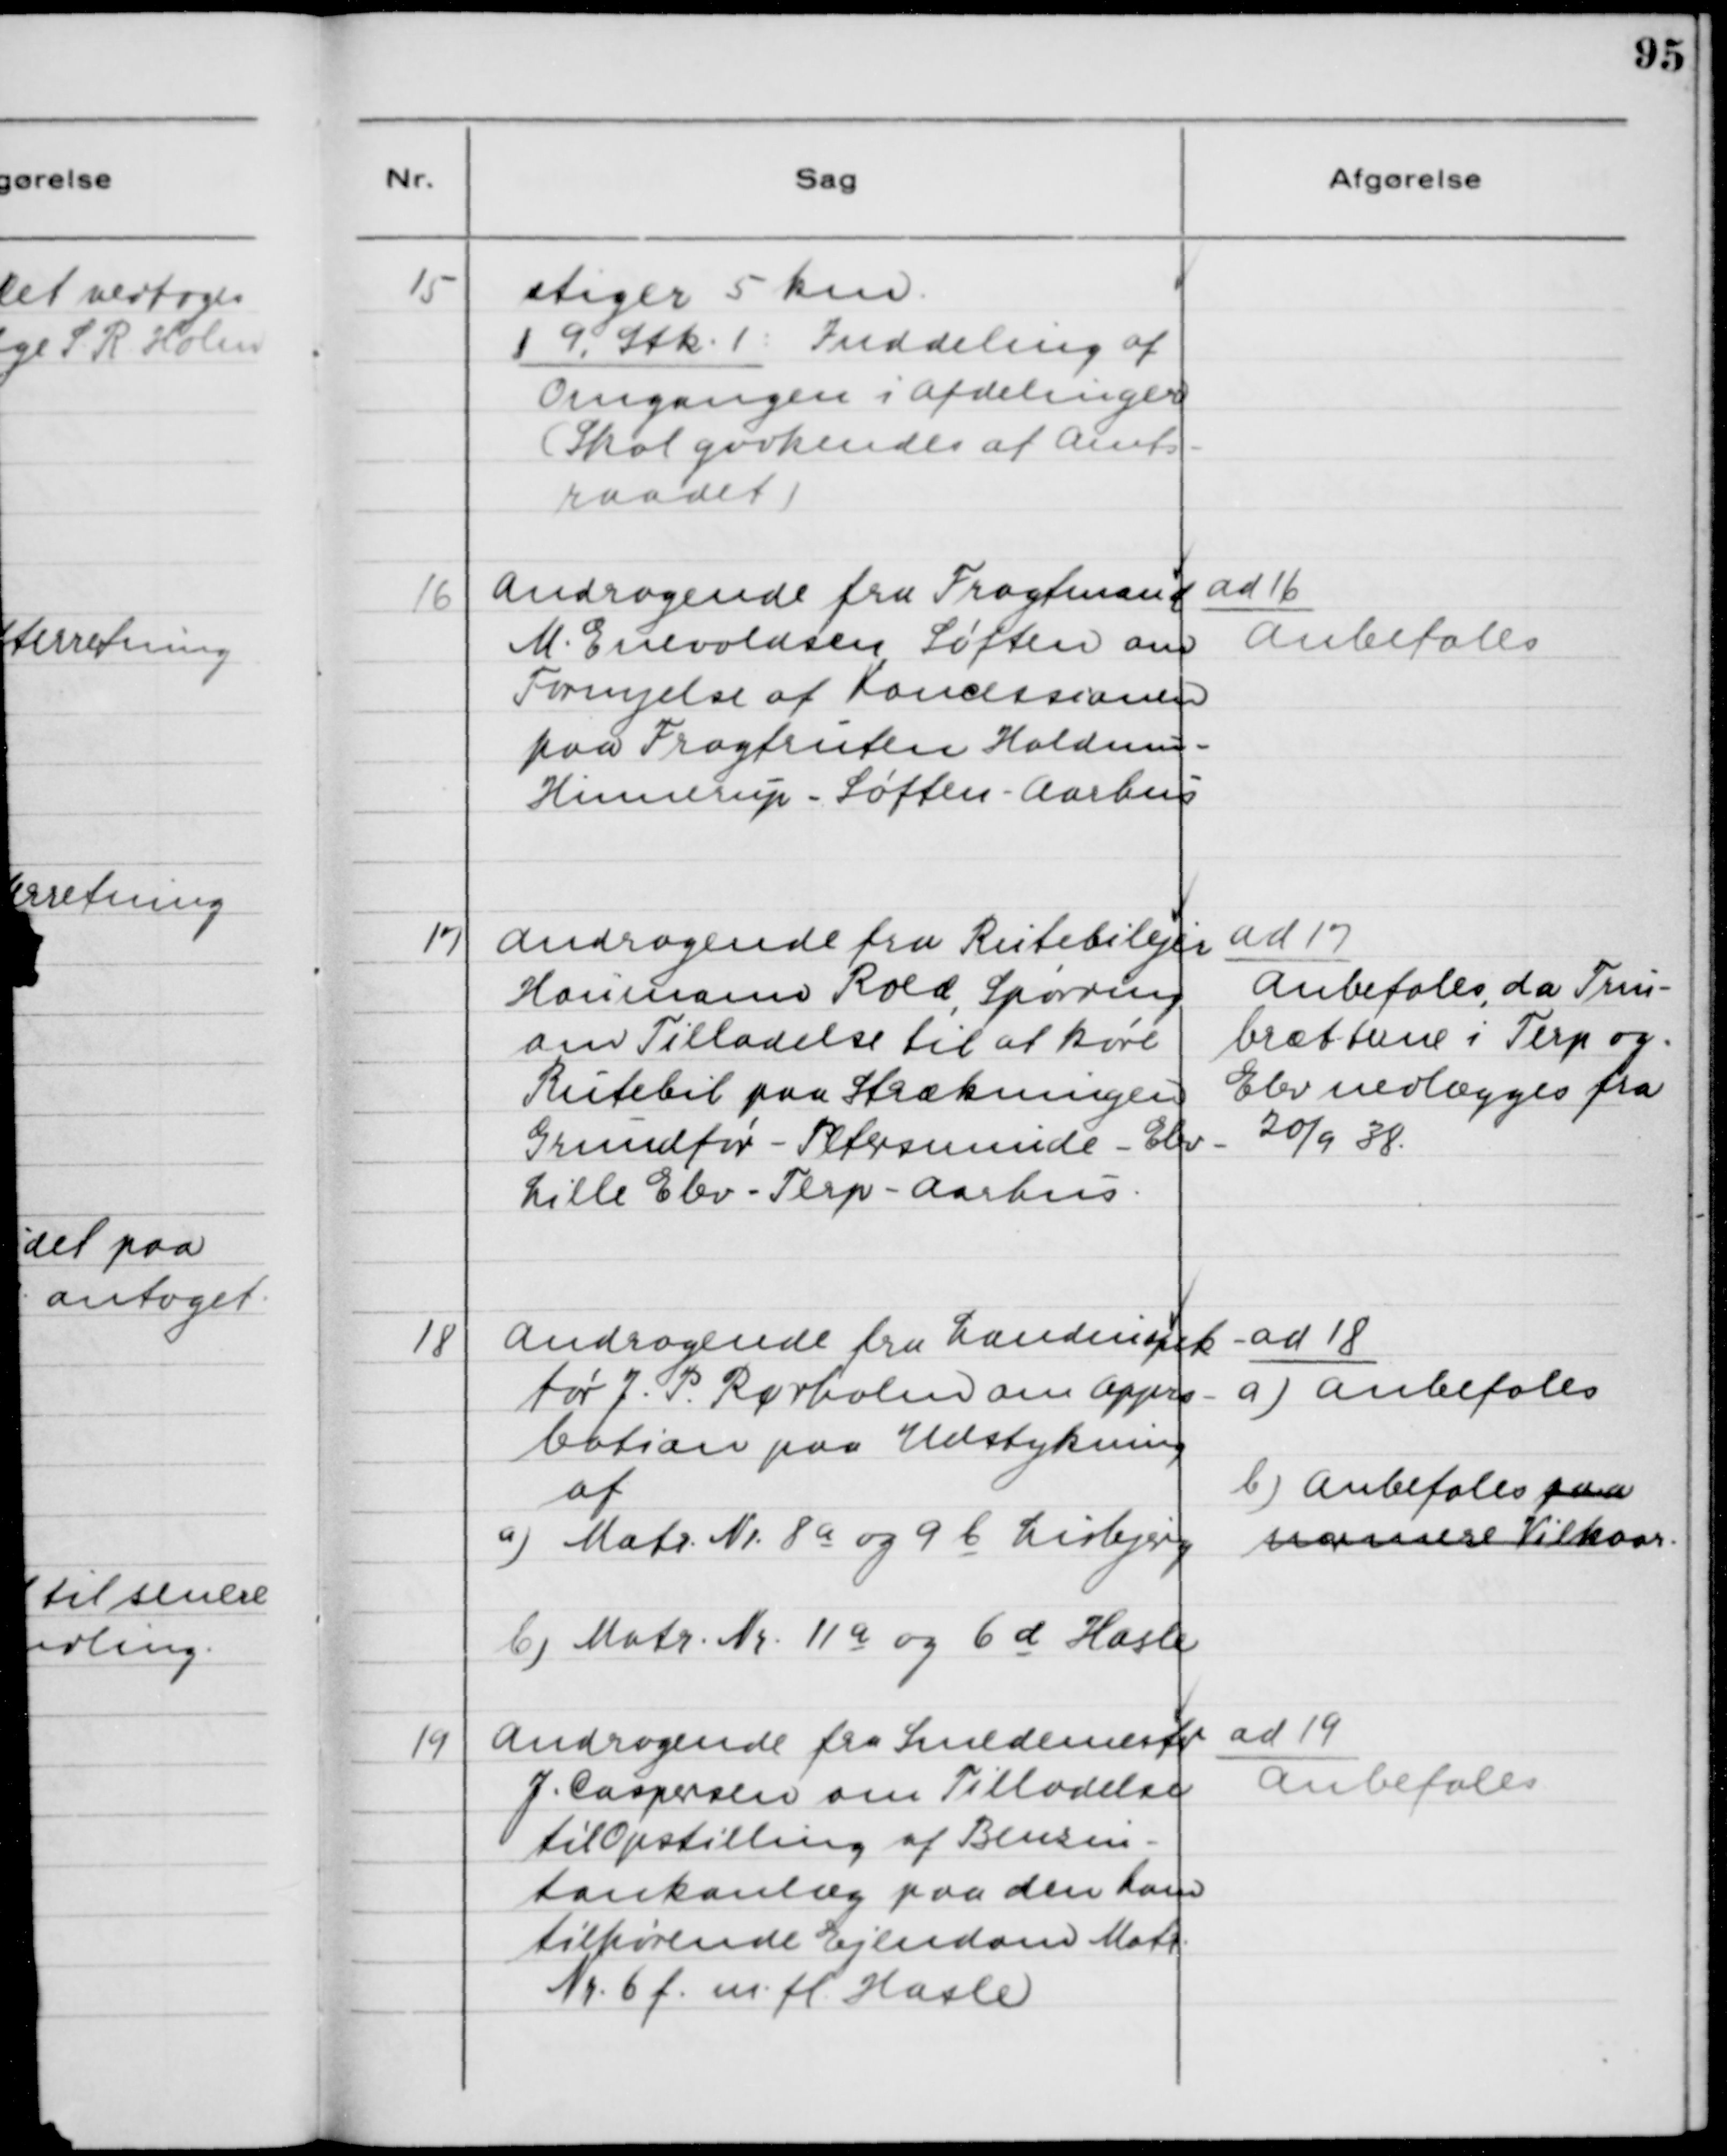
Transskription:
15. stiger 5 km.
§ 9, Stk. 1: Inddeling af
Omgangen i Afdelinger
(Skal godkendes af Amts-
raadet)

16. Andragende fra Fragtmand
M. Enevoldsen, Søften om
Fornyelse af Koncessionen
paa Fragtruten Haldum -
Hinnerup - Søften - Aarhus.

ad 16.
Anbefales

17. Andragende fra Rutebilejer
Houmann Rold, Spørring
om Tilladelse til at køre
Rutebil paa Strækningen
Grundfør - Petersminde - Elev -
Lille Elev - Terp - Aarhus.

ad 17.
Anbefales, da Trin-
brætterne i Terp og
Elev nedlægges fra
20/9 38.

18. Andragende fra Landinspek-
tør J. P. Rørholm om Appro-
bation paa Udstykning
af
a) Matr. Nr. 8a og 9b Lisbjerg
b) Matr. Nr. 11a og 6d Hasle

ad 18.
a) Anbefales
b) Anbefales paa
nærmere vilkaar.

19. Andragende fra Smedemester
C. Caspersen om Tilladelse
til Opstilling af Benzin-
tankanlæg paa den ham
tilhørende Ejendom Matr.
Nr. 6f m.fl. Hasle.

ad 19.
Anbefales